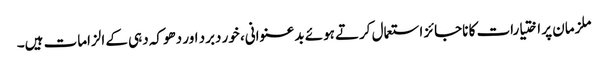
ملزمان پر اختیارات کا ناجائز استعمال کرتے ہوئے بدعنوانی، خور دبرد اور دھوکہ دہی کے الزامات ہیں۔